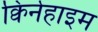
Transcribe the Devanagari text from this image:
क्विर्नहाइम